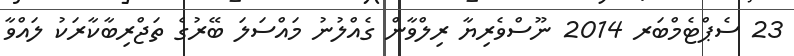
23 ސެޕްޓެމްބަރ 2014 ނޫސްވެރިޔާ ރިލްވާން ގެއްލުނު މައްސަލަ ބޭރުގެ ތަޖްރިބާކާރަކު ލައްވާ